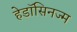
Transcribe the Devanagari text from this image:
हेडॉसिनज्म